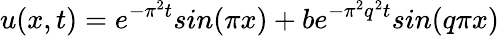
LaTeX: u(x,t)=e^{-\pi^{2}t}sin(\pi x)+be^{-\pi^{2}q^{2}t}sin(q\pi x)